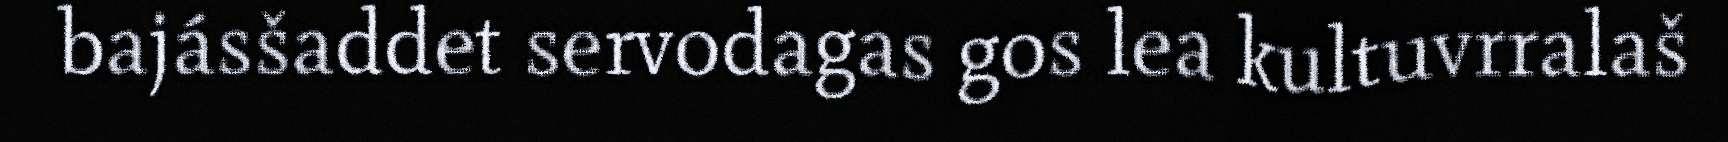
bajásšaddet servodagas gos lea kultuvrralaš